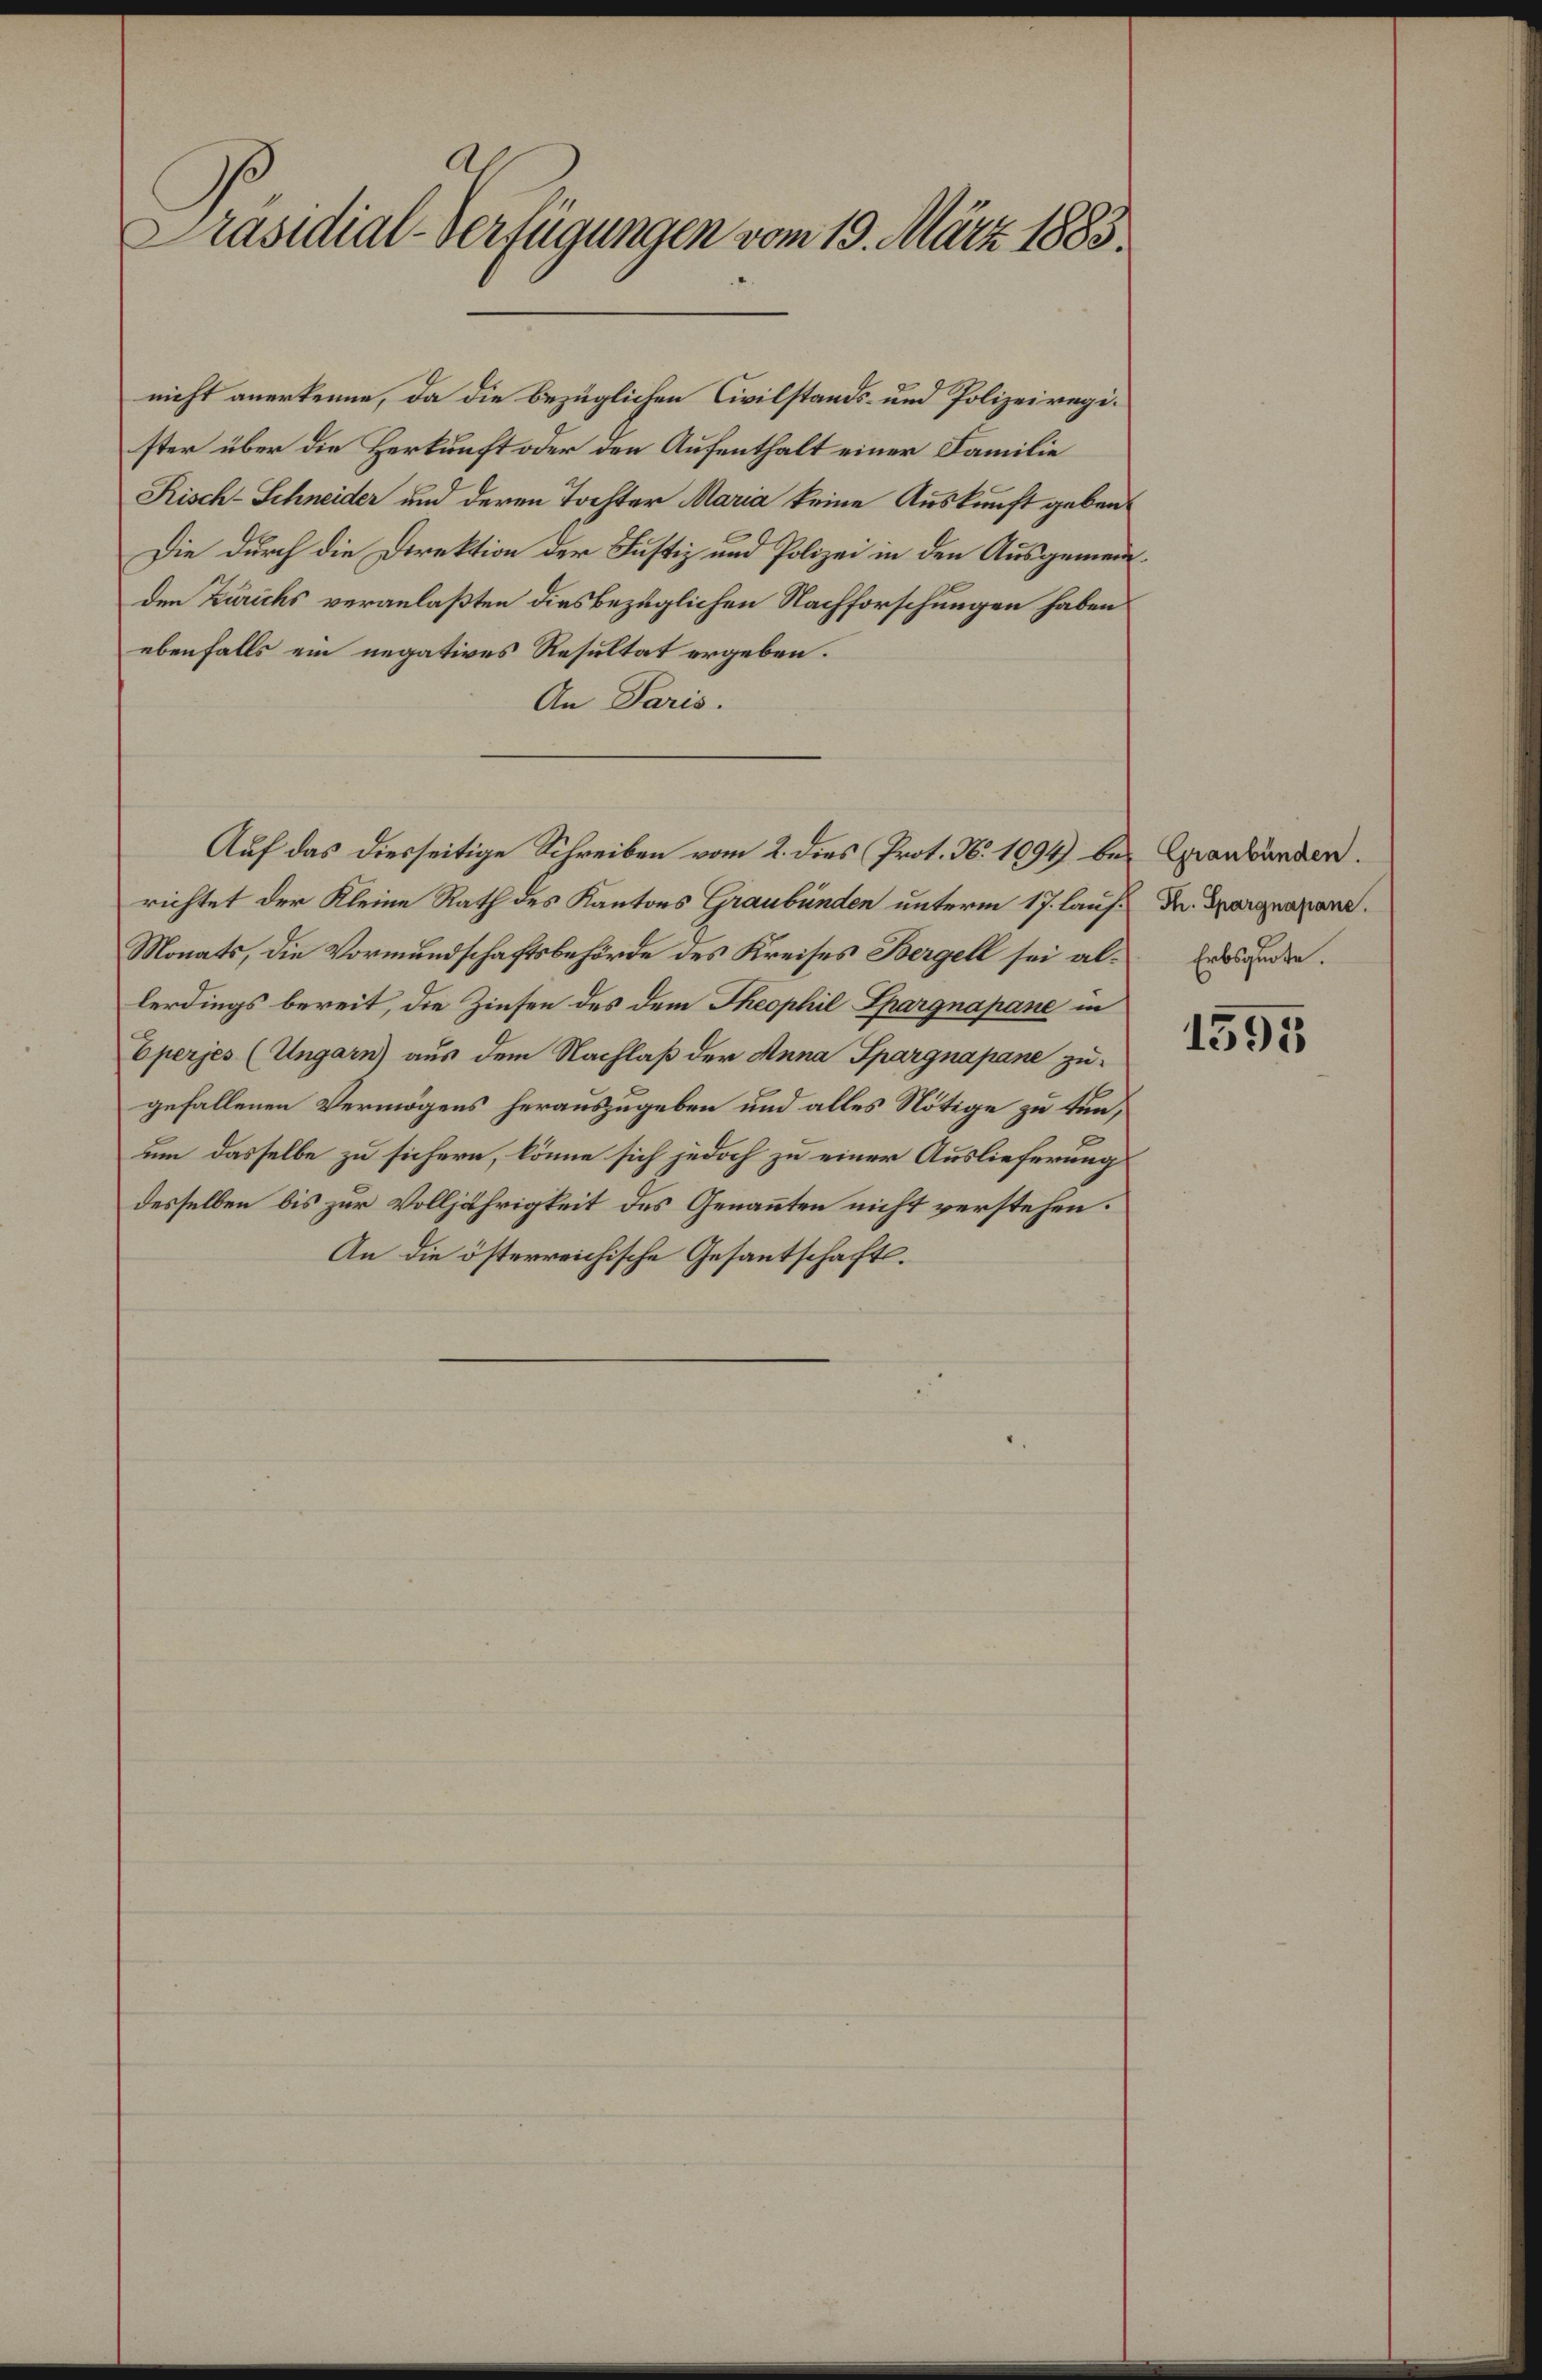
Präsidial-Verfügungen vom 19. März 1883.

nicht anerkenne, da die bezüglichen Civilstands- und Polizeiregister über die Herkunft oder den Aufenthalt einer Familie
Risch-Schneider und deren Tochter Maria keine Auskunft geben
Die durch die Direktion der Justiz und Polizei in den Ausgemeinden Zürichs veranlaßten diesbezüglichen Nachforschungen haben
ebenfalls ein negatives Resultat ergeben:
An Paris.
richtet der Kleine Rath des Kantons Graubünden unterm 17. lauf¬
Monats, die Vormundschaftsbehörde des Kreises Bergell sei allerdings bereit, die Zinsen des dem Theophil Spargnapane in
Eperjes (Ungarn) aus dem Nachlaß der Anna Spargnapane zugefallenen Vermögens herauszugeben und alles Nötige zu tun,
um dasselbe zu sichern, könne sich jedoch zu einer Auslieferung
desselben bis zur Volljährigkeit des Genannten nicht verstehen.
An die österreichische Gesantschafts¬

Auf das diesseitige Schreiben vom 2. dies Prot. No 1094) be¬

Graubünden.
Th. Spargnapane.
Erbsquote.

1595